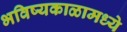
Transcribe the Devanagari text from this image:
भविष्यकाळामध्ये